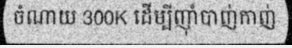
ចំណាយ 300K ដើម្បីញ៉ាំបាញ់កាញ់